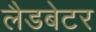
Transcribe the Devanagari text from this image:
लैडबेटर